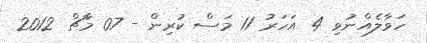
ހަވާލެއްނުވި 4 އަހަރު 11 މަސް ކުރިން - 07 މާޗް 2012